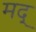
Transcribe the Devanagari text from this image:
मद्